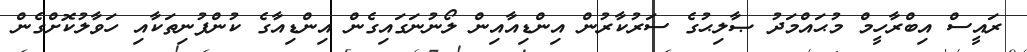
ރައީސް އިބްރާހީމް މުޙައްމަދު ޞާލިޙުގެ ސަރުކާރުން އިންޑިއާއިން ލޯނުނަގައިގެން އިންޑިއާގެ ކުންފުނިތަކާއި ހަވާލުކޮށްގެން